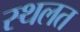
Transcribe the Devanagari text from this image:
स्थलत